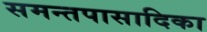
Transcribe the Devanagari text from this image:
समन्तपासादिका